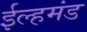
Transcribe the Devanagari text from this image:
ईल्हमंड